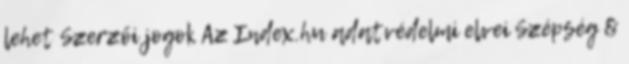
lehet Szerzői jogok Az Index.hu adatvédelmi elvei Szépség &